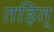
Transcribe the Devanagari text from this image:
तड़ित्‌